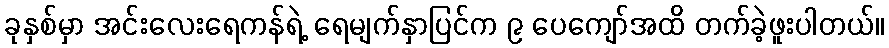
ခုနှစ်မှာ အင်းလေးရေကန်ရဲ့ ရေမျက်နှာပြင်က ၉ ပေကျော်အထိ တက်ခဲ့ဖူးပါတယ်။